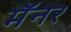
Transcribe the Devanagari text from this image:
मॅनर